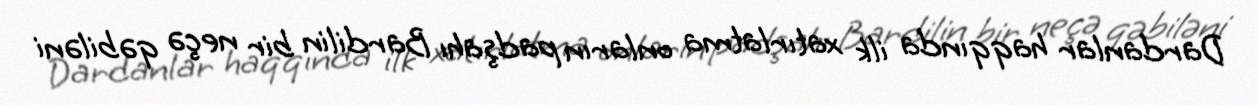
Dardanlar haqqında ilk xatırlatma onların padşahı Bardilin bir neçə qəbiləni